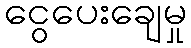
ငွေပေးချေမှု